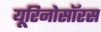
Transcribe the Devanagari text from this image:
यूरिनोसॉरस